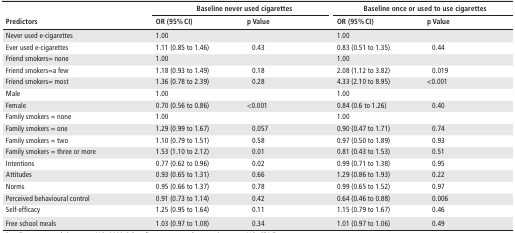
| <ROWSPAN=2> Predictors | <COLSPAN=2> Baseline never used cigarettes | <COLSPAN=2> Baseline once or used to use cigarettes |
 | OR (95% CI) | p Value | OR (95% CI) | p Value |
 | --- | --- | --- | --- | --- |
 | Never used e-cigarettes | 1.00 |  | 1.00 |  |
 | Ever used e-cigarettes | 1.11 (0.85 to 1.46) | 0.43 | 0.83 (0.51 to 1.35) | 0.44 |
 | Friend smokers= none | 1.00 |  | 1.00 |  |
 | Friend smokers=a few | 1.18 (0.93 to 1.49) | 0.18 | 2.08 (1.12 to 3.82) | 0.019 |
 | Friend smokers= most | 1.36 (0.78 to 2.39) | 0.28 | 4.33 (2.10 to 8.95) | <0.001 |
 | Male | 1.00 |  | 1.00 |  |
 | Female | 0.70 (0.56 to 0.86) | <0.001 | 0.84 (0.6 to 1.26) | 0.40 |
 | Family smokers = none | 1.00 |  | 1.00 |  |
 | Family smokers = one | 1.29 (0.99 to 1.67) | 0.057 | 0.90 (0.47 to 1.71) | 0.74 |
 | Family smokers = two | 1.10 (0.79 to 1.51) | 0.58 | 0.97 (0.50 to 1.89) | 0.93 |
 | Family smokers = three or more | 1.53 (1.10 to 2.12) | 0.01 | 0.81 (0.43 to 1.53) | 0.51 |
 | Intentions | 0.77 (0.62 to 0.96) | 0.02 | 0.99 (0.71 to 1.38) | 0.95 |
 | Attitudes | 0.93 (0.65 to 1.31) | 0.66 | 1.29 (0.86 to 1.93) | 0.22 |
 | Norms | 0.95 (0.66 to 1.37) | 0.78 | 0.99 (0.65 to 1.52) | 0.97 |
 | Perceived behavioural control | 0.91 (0.73 to 1.14) | 0.42 | 0.64 (0.46 to 0.88) | 0.006 |
 | Self-efficacy | 1.25 (0.95 to 1.64) | 0.11 | 1.15 (0.79 to 1.67) | 0.46 |
 | Free school meals | 1.03 (0.97 to 1.08) | 0.34 | 1.01 (0.97 to 1.06) | 0.49 |